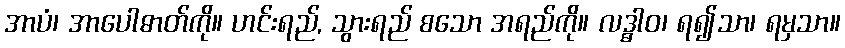
အာပံ၊ အာပေါဓာတ်ကို။ ဟင်းရည်, သွားရည် စသော အရည်ကို။ လဒ္ဓါဝ၊ ရ၍သာ၊ ရမှသာ။